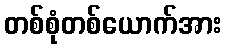
တစ်စုံတစ်ယောက်အား